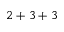
2 + 3 + 3